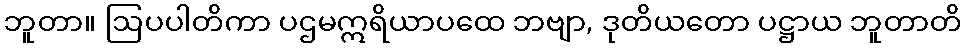
ဘူတာ။ ဩပပါတိကာ ပဌမဣရိယာပထေ ဘဗျာ, ဒုတိယတော ပဋ္ဌာယ ဘူတာတိ